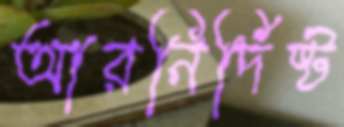
আরনির্দিষ্ট